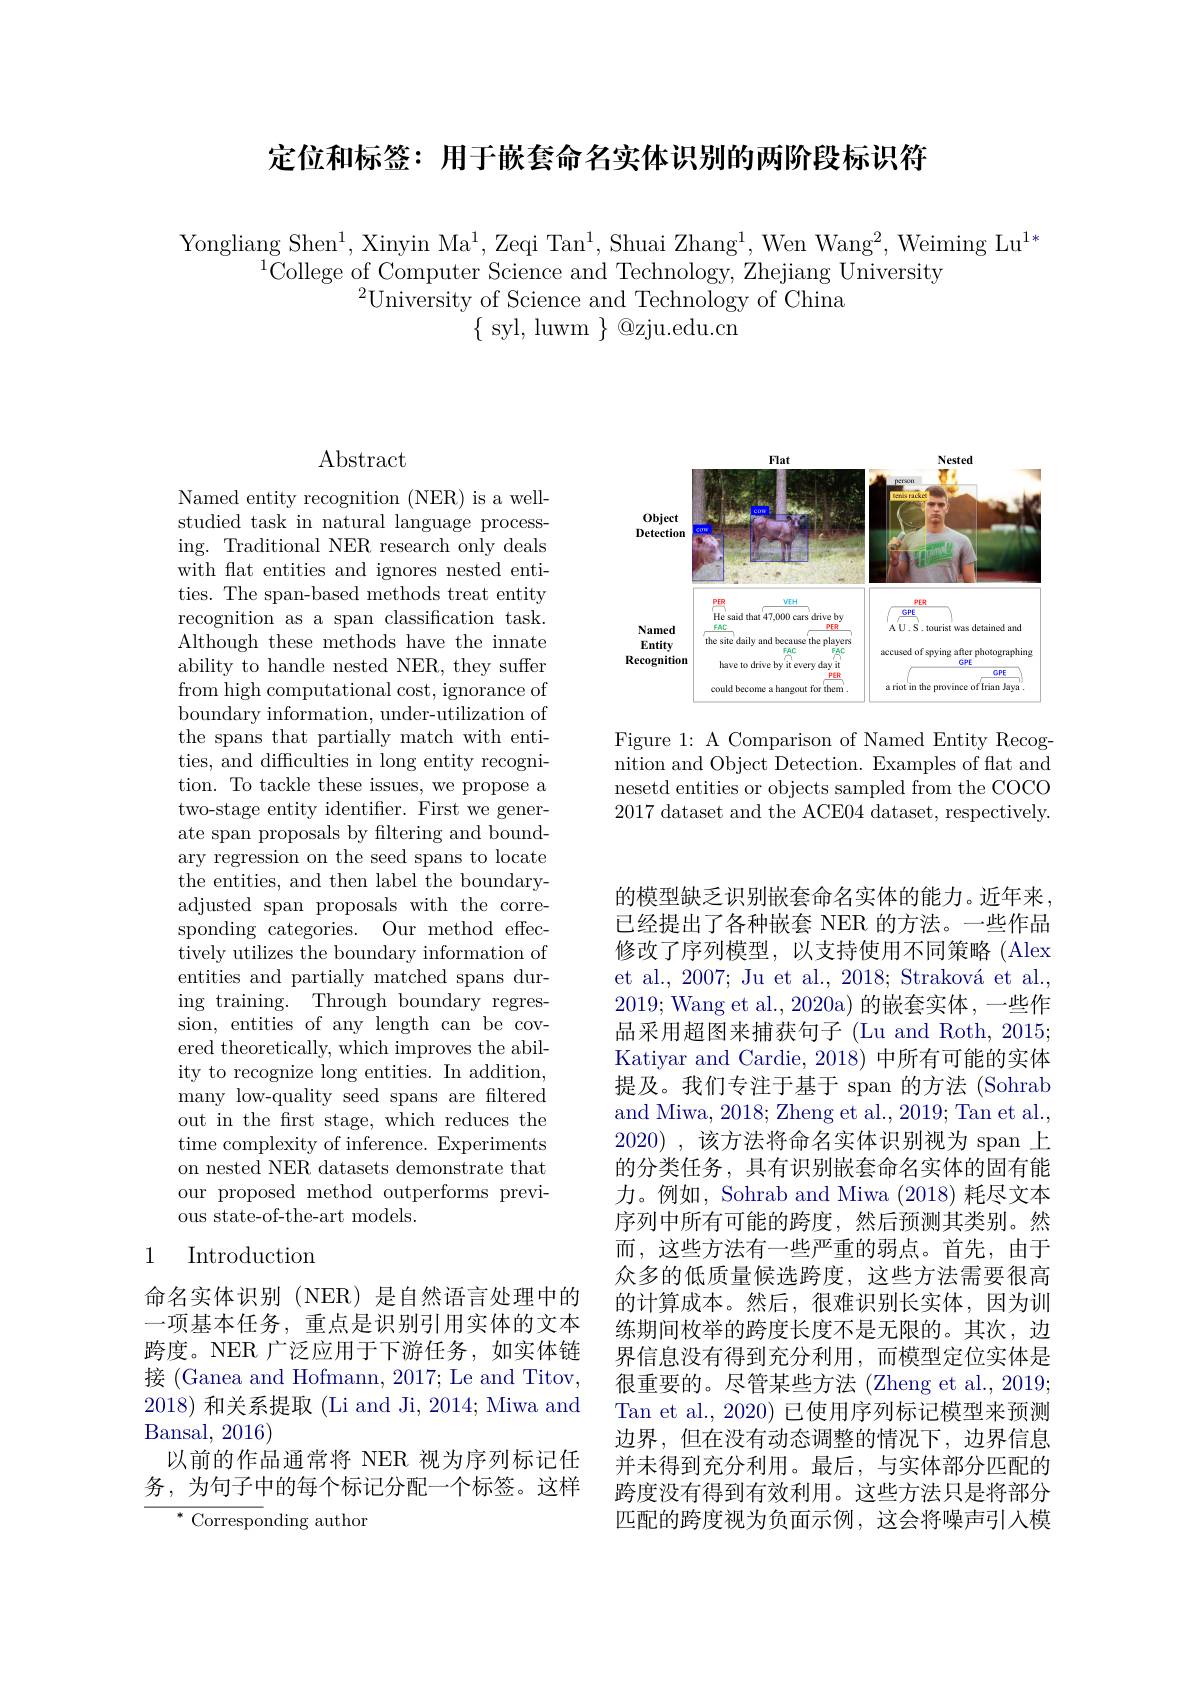
定位和标签：用于嵌套命名实体识别的两阶段标识符

Yongliang Shen$^1$, Xinyin Ma$^1,\text{Zeqi Tan}^1$, Shuai Zhang$^1$, Wen Wang$^2$, Weiming Lu$^1*$
$^{1}$College of Computer Science and Technology, Zhejiang University
$^{2}$University of Science and Technology of China
$\{$syl, luwm $\}$@zju.edu.cn

$\operatorname{Abstract}$

Named entity recognition (NER) is a wellstudied task in natural language processing. Traditional NER research only deals with flat entities and ignores nested entities. The span-based methods treat entity recognition as a span classification task. Although these methods have the innate ability to handle nested NER, they suffer from high computational cost, ignorance of boundary information, under-utilization of the spans that partially match with entities, and difficulties in long entity recognition. To tackle these issues, we propose a two-stage entity identifier. First we generate span proposals by filtering and boundary regression on the seed spans to locate the entities, and then label the boundaryadjusted span proposals with the corresponding categories. Our method effectively utilizes the boundary information of entities and partially matched spans during training. Through boundary regression, entities of any length can be covered theoretically, which improves the ability to recognize long entities. In addition, many low-quality seed spans are filtered out in the frst stage, which reduces the time complexity of inference. Experiments on nested NER datasets demonstrate that our proposed method outperforms previous state-of-the-art models.

## 1 Introduction

命名实体识别(NER)是自然语言处理中的一项基本任务，重点是识别引用实体的文本跨度。NER 广泛应用于下游任务，如实体链接 (Ganea and Hofmann, 2017; Le and Titov, 2018)和关系提取 (Li and Ji, 2014; Miwa and Bansal, 2016)
以前的作品通常将 NER 视为序列标记任务，为句子中的每个标记分配一个标签。这样

${{^*~Correspo}}$nding author

<FigureHere>

Figure 1: A Comparison of Named Entity Recognition and Object Detection. Examples of flat and nesetd entities or objects sampled from the COCO 2017 dataset and the ACE04 dataset, respectively.

的模型缺乏识别嵌套命名实体的能力。近年来， 已经提出了各种嵌套 NER 的方法。一些作品修改了序列模型，以支持使用不同策略(Alex et al., 2007; Ju et al., 2018; Straková et al., 2019; Wang et al., 2020a) 的嵌套实体 ,一些作品采用超图来捕获句子 (Lu and Roth, 2015; Katiyar and Cardie, 2018) 中所有可能的实体提及。我们专注于基于 span 的方法 (Sohrab and Miwa, 2018; Zheng et al., 2019; Tan et al., 2020),该方法将命名实体识别视为 span 上的分类任务，具有识别嵌套命名实体的固有能力。例如，Sohrab and Miwa (2018) 耗尽文本序列中所有可能的跨度，然后预测其类别。然而，这些方法有一些严重的弱点。首先，由于众多的低质量候选跨度，这些方法需要很高的计算成本。然后，很难识别长实体，因为训练期间枚举的跨度长度不是无限的。其次，边界信息没有得到充分利用，而模型定位实体是很重要的。尽管某些方法 (Zheng et al., 2019; Tan et al., 2020) 已使用序列标记模型来预测边界，但在没有动态调整的情况下，边界信息并未得到充分利用。最后，与实体部分匹配的跨度没有得到有效利用。这些方法只是将部分匹配的跨度视为负面示例，这会将噪声引入模